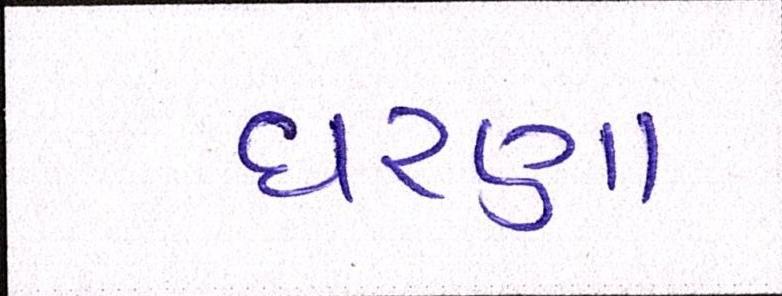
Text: ધરણા